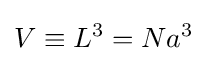
V\equiv L^{3}=Na^{3}